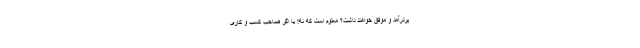
پردرآمد و موفق خواهند داشت؟ معلوم است که نه! یا اگر صاحب کسب و کاری